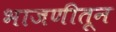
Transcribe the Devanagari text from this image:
भाजणीतून